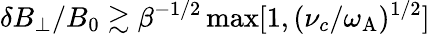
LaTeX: \delta B_{\perp}/B_{0}\gtrsim\beta^{-1/2}\operatorname*{max}[1,(\nu_{c}/\omega_{\mathrm{A}})^{1/2}]